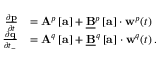
\begin{array} { r l } { \frac { \partial \mathbf { p } } { \partial t } } & { = \mathbf { A } ^ { p } \left[ \mathbf { a } \right] + \underline { { \mathbf { B } } } ^ { p } \left[ \mathbf { a } \right] \cdot \mathbf { w } ^ { p } ( t ) \, } \\ { \frac { \partial \mathbf { q } } { \partial t _ { - } } } & { = \mathbf { A } ^ { q } \left[ \mathbf { a } \right] + \underline { { \mathbf { B } } } ^ { q } \left[ \mathbf { a } \right] \cdot \mathbf { w } ^ { q } ( t ) \, . } \end{array}